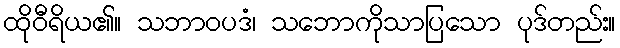
ထိုဝီရိယ၏။ သဘာဝပဒံ၊ သဘောကိုသာပြသော ပုဒ်တည်း။